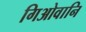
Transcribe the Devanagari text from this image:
गिओवानि